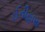
ઈતીહાસ